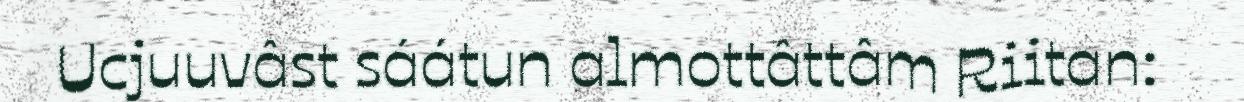
Ucjuuvâst sáátun almottâttâm Riitan: